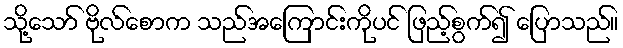
သို့သော် ဗိုလ်စောက သည်အကြောင်းကိုပင် ဖြည့်စွက်၍ ပြောသည်။